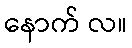
နောက် လ။